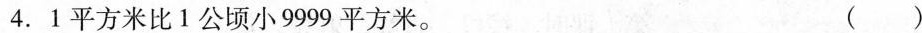
4.1平方米比1公顷小9999平方米。（）